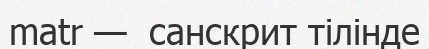
matr —  санскрит тілінде